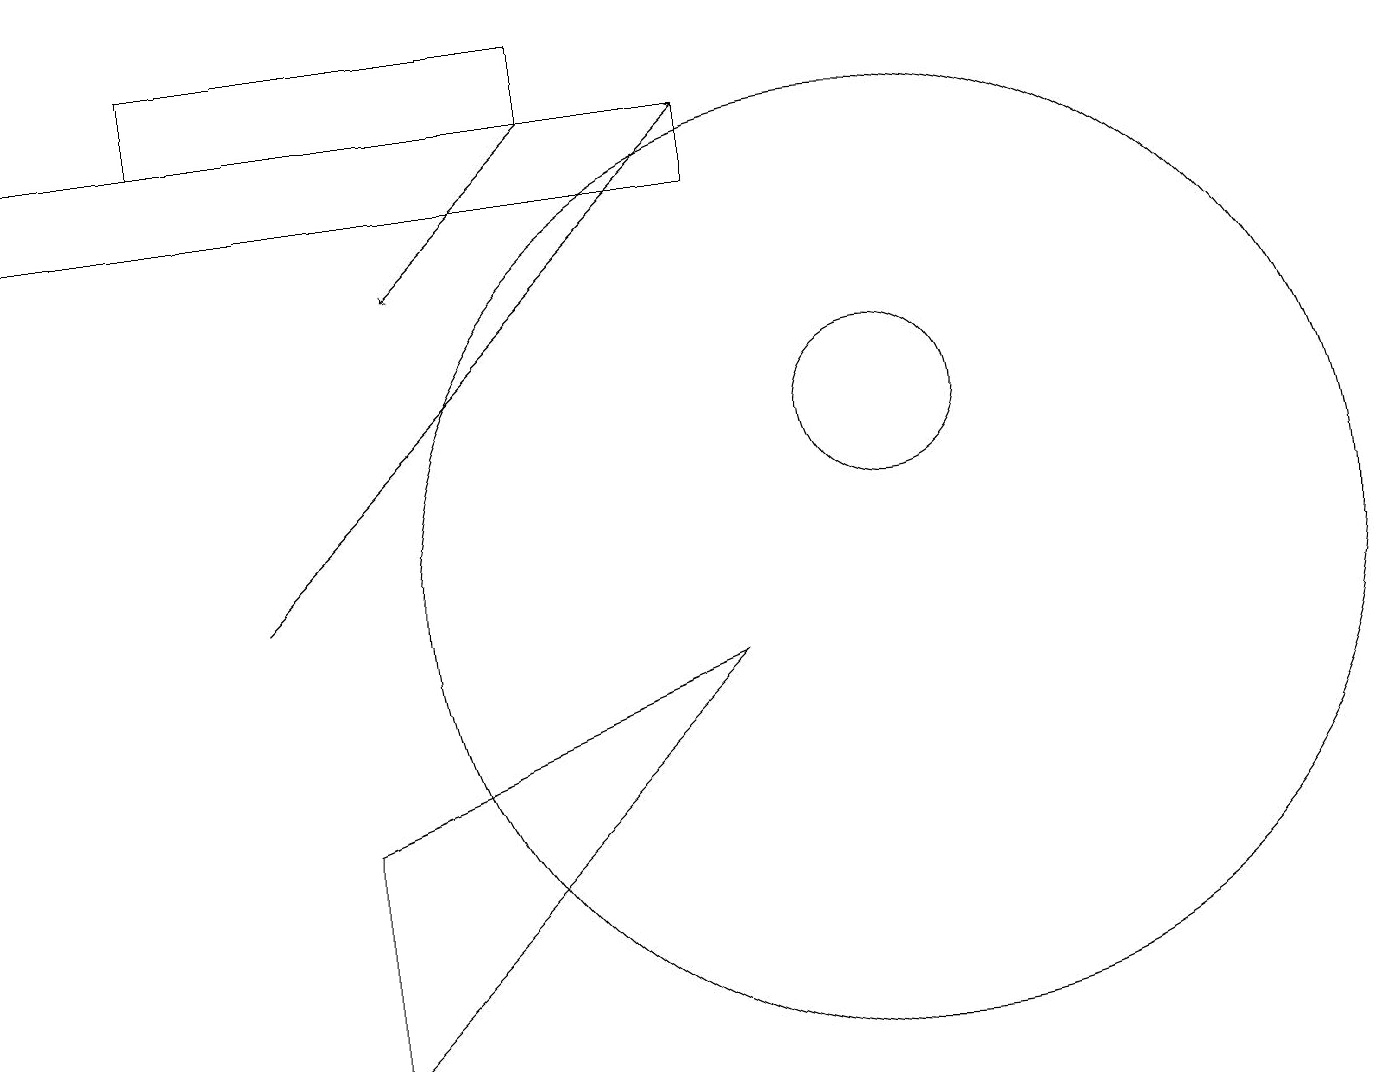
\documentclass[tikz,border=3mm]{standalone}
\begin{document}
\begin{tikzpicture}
\draw (11,10) circle (6);
\draw (7,16) rectangle (2,17);
\draw (11,12) circle (1);
\draw (0,16) rectangle (9,15);
\draw (9,9) -- (4,7) -- (4,4) -- cycle;
\draw[->] (3,10) -- (9,16);
\draw[->] (7,16) -- (5,14);
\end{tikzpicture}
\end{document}